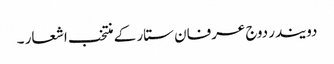
دویندر دوج عرفان ستار کے منتخب اشعار ۔